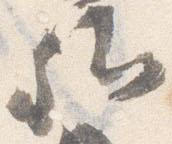
卿